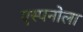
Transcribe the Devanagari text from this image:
एस्पनोला